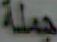
جملة